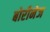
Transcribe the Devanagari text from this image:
बोरीनेज